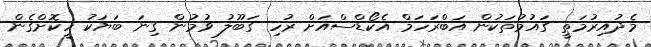
މެދުއިރުމަތީ ގައުމުތަކުން އަބްރަހަމް އެކޯޑްސްއަށް ރުހި ގަބޫލު ވުމުން ގިނަ ބަޔަކު ހީކޮށްގެން